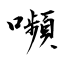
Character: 嚬